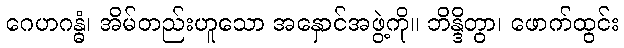
ဂေဟဂန္ဓံ၊ အိမ်တည်းဟူသော အနှောင်အဖွဲ့ကို။ ဘိန္ဒိတွာ၊ ဖောက်ထွင်း